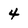
Character: 4